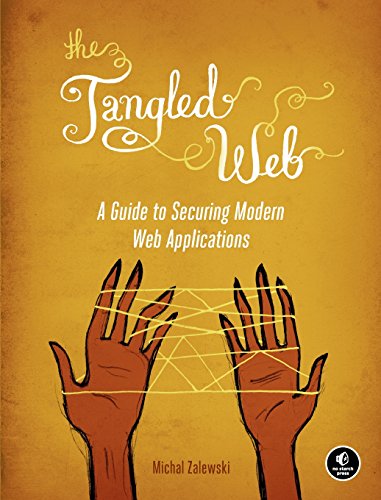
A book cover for The Tangled Web: A Guide to Securing Modern Web Applications; Michal Zalewski; Computers & Technology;